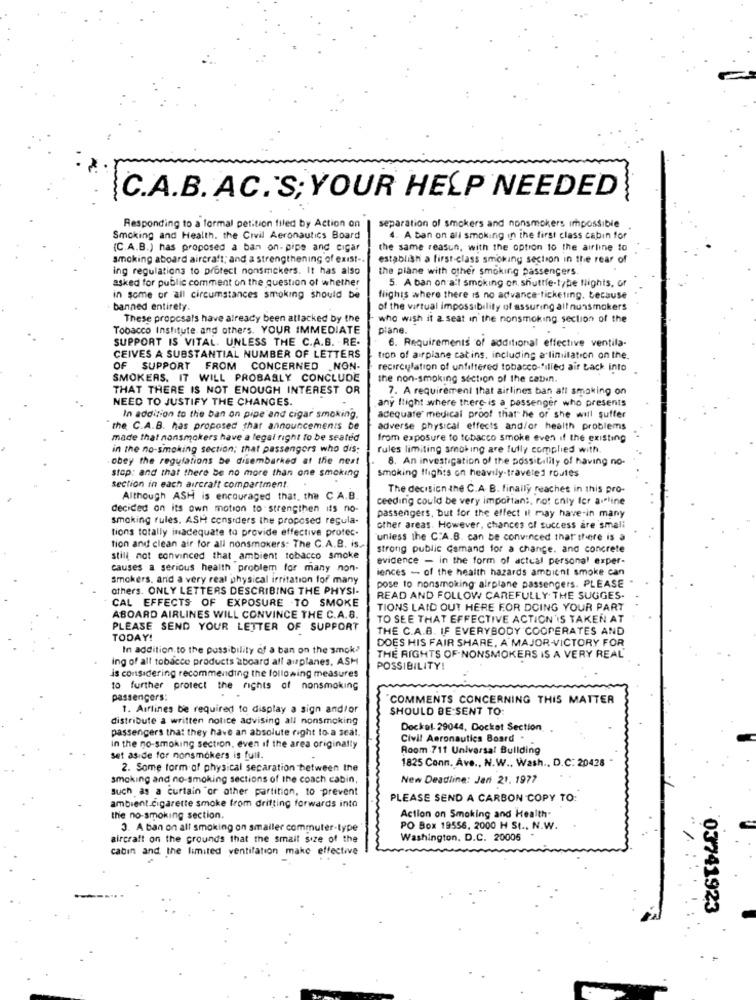
C.A.B. AC. 'S; YOUR HELP NEEDED
Responding to a formal petition filed by Action on
separation of smokers and nonsmokers impossible
Smoking and Health. the Civil Aeronautics Board
4. A ban on all smoking in the first class cabin for
(C.A.B.) has proposed a ban on- pipe and cigar
the same reasun, with the option 10 the airline to
smoking aboard aircraft; and a strengthening of exist -.
establish a first-class smoking section in the rear of
ing regulations to protect nonsmokers. It has also
the plane with other smoking passengers.
asked for public comment on the question of whether
5. A ban on a'l smoking on shuttle-tybe flights, of
in some or all circumstances smoking should be
flights where there is no advance.ticketing. because
banned entirety.
of the virtual impossibility of assuring all nunsmokers
These proposals have already been attacked by the
who wish it 2 seat in the nonsmoking section of the
Tobacco Institute and others. YOUR IMMEDIATE
plane.
SUPPORT IS VITAL. UNLESS THE C.A.B. . RE.
6. Requirements of additional effective ventila-
CEIVES A SUBSTANTIAL NUMBER OF LETTERS
tron of airplane catins, including a limitation on the.
OF SUPPORT FROM CONCERNED .NON.
recirculation of unfiltered tobacco-"ilied air back into
SMOKERS. IT WILL PROBABLY CONCLUDE
the non-smoking section of the catsın.
THAT THERE IS NOT ENOUGH INTEREST OR
7. A requirement that airlines ban att smoking on
NEED TO JUSTIFY THE CHANGES.
any flight where there is a passenger who presents
In addition to the ban on pipe and cigar smoking.
adequate medical proof that he or she will suffer
" the C.A.B. has proposed that announcements be
adverse physical effects and/or health problems
made that nonsmokers have a legal right To be seated
from exposure to tobacco smoke even if the existing
in the no-smoking section; that passengers who dis;
rules limiting smoking are fully complied with.
obey the regulations be disembarked at the next
8. An investigation of the possibility of having no-
stop: and that there be no more than one smoking
smoking ffights on heavily-traveled routes
section in each aircraft compartment.
The decision the C.A. B. finally reaches in this pro-
Although ASH is encouraged that. the C A.B.
ceeding could be very important, not only for alline
decided on its own motion to strengthen its no
smoking rules. ASH considers the proposed regula-
passengers, but for the effect it may have-in many
tions totally inadequate to provide effective protec-
other areas. However, chances of success are 'smali
"unless the C:A.B. can be convinced that there is a
tion and clean air for all nonsmokers: The C.A.B. is ...
strong public Camand for a change. and concrete
still not convinced that ambient tobacco smoke
evidence - in the form of actual personal exper-
causes a serious health problem for many non-
iences - of the health hazards ambient smoke can
smokers, and a very real physical irritation for many
others. ONLY LETTERS DESCRIBING THE PHYSI-
pose to nonsmoking airplane passengers. PLEASE
CAL EFFECTS OF EXPOSURE TO SMOKE
READ AND FOLLOW CAREFULLY. THE SUGGES.
TIONS LAID OUT HERE FOR DOING YOUR PART
ABOARD AIRLINES WILL CONVINCE THE C.A.8.
TO SEE THAT EFFECTIVE ACTION 'IS TAKEN AT
PLEASE SEND YOUR LETTER OF SUPPORT
THE C.A.B. IF EVERYBODY COOPERATES AND
TODAY!
DOES HIS FAIR SHARE, A MAJOR-VICTORY FOR
In addition to the possibility of a ban on the smok?
ing of all tobacco products aboard all auplanes. ASH
THE RIGHTS OF NONSMOKERS IS A VERY REAL"
POSSIBILITY!
is considering recommending the following measures
to further protect the rights of nonsmoking
passengers:
COMMENTS CONCERNING THIS MATTER
1. Airlines be required to display a sign and/or
SHOULD BE SENT TO
distribute a written notice advising all nonsmoking
passengers that they have an absolute right to a seat.
Dockal 29044, Docket Section
Civil Aeronautics Board .
in the no-smoking section, even if the area originally
Room 711 Universal Bullding
set aside for nonsmokers is full.
1825 Conn. Ave ., N.W ., Wash ., D.C: 20428
2. Some form of physical separation between the
smoking and no-smoking sections of the coach cabin,
New Deadline: Jan 21. 1977
such as a curtain or other partition, to prevent
PLEASE SEND A CARBON COPY TO:
ambient.cigarette smoke from drifting forwards into
Action on Smoking and Health-
the no-smoking section.
3. A ban on all smoking on smaller commuter-type
PO Box 19556, 2000 H St ., N.W.
aircraft on the grounds that the small size of the
Washington, D.C. 20006
cabin and the limited ventilation make effective
03741923